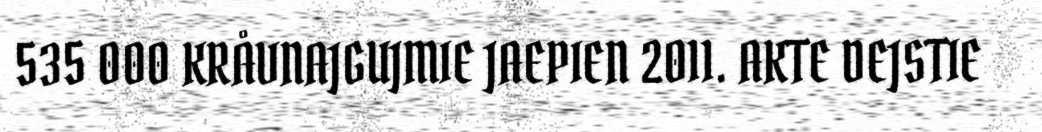
535 000 KRÅVNAJGUJMIE JAEPIEN 2011. AKTE DEJSTIE